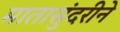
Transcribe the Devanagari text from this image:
मातासुंदरीने